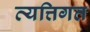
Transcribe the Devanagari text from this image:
व्यत्तिगत